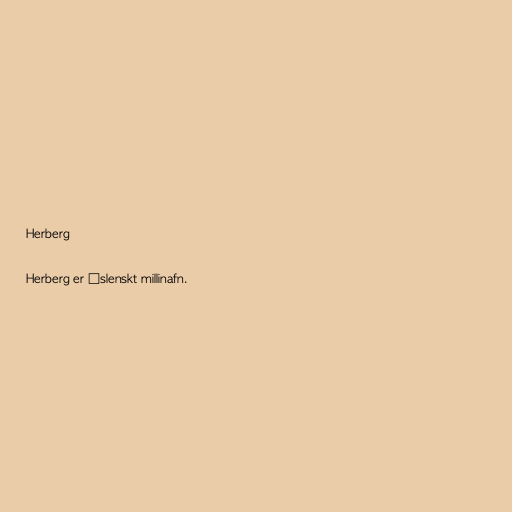
Herberg

Herberg er íslenskt millinafn.